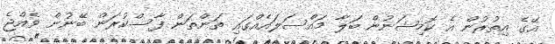
އޭގެ އިތުރުން އެ ކޮމިޝަނުން ބަލާ މައްސަލައެއްގައި ތަންތަން ފާސްކުރަން ބޭނުން ވެއްޖެ